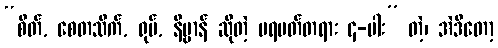
“စိတ်, စေတသိက်, ရုပ်, နိဗ္ဗာန် ဆိုတဲ့ ပရမတ်တရား ၄-ပါး” တဲ့၊ အဲဒီတော့